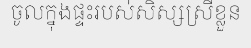
ចូលក្នុងផ្ទះរបស់សិស្សស្រីខ្លួន